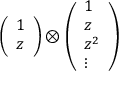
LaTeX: \left( \begin{array} { c } { { 1 } } \\ { { z } } \end{array} \right) \otimes \left( \begin{array} { l } { { 1 } } \\ { { z } } \\ { { z ^ { 2 } } } \\ { { \vdots } } \end{array} \right)